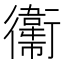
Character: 䘙